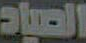
الصياد